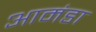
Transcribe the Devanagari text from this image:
आमंडा